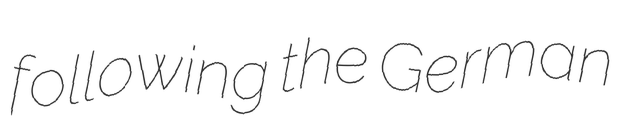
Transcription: following the German